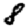
Digit: 8